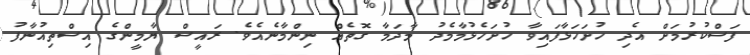
ފަސްކުރުމަށް އެދި ހުށަހަޅާފައިވާ ހުށަހެޅުމާމެދު މާދަމާ ގޮތެއް ނިންމާނެއެވެ. ރައީސް ޔާމީންގެ އިސްތިއުނާފު